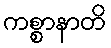
ကစ္စာနာတိ